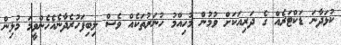
ކުޅަދާނަ ޑަކްޓަރެއް ގެ ދަރިއަކަށް ވުމުން މުހިއްމު ހުނަރުތަކެއް ވެސް ލިބިފަހުރެދާނެއެހެންވީމަ މުޅިން